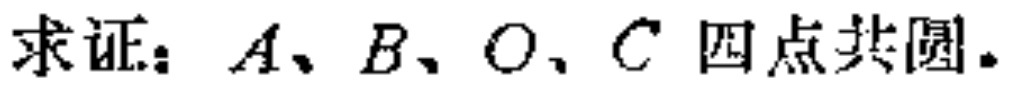
求证：\(A、B、O、C\) 四点共圆.